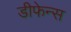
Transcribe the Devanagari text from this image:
डीफेन्स